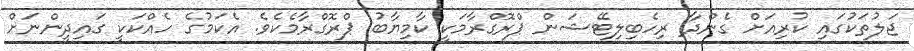
ޖަލުތަކުގައި ކުރިއަށް ގެންދާ ރިހެބިލިޓޭޝަން ޕްރޮގްރާމަކީ ކާމިޔާބު ޕްރޮގްރާމެކެވެ. އެކަމުގެ ހެއްކަކީ ގައިދީންނަށް